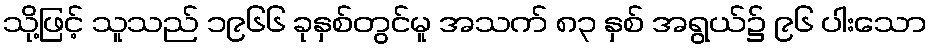
သို့ဖြင့် သူသည် ၁၉၆၆ ခုနှစ်တွင်မူ အသက် ၈၃ နှစ် အရွယ်၌ ၉၆ ပါးသော